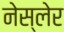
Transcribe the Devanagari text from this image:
नेस्लेर